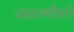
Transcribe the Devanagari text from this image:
आठवणीतले